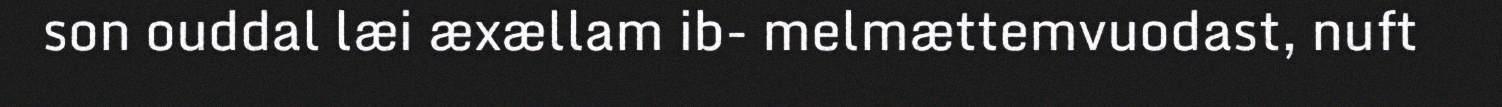
son ouddal læi æxællam ib- melmættemvuodast, nuft